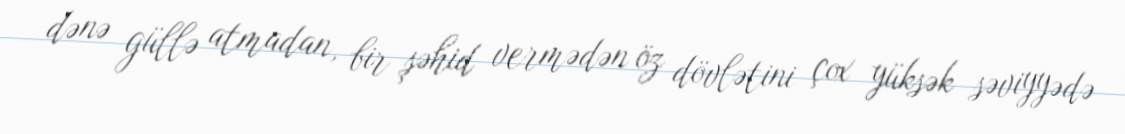
dənə güllə atmadan, bir şəhid vermədən öz dövlətini çox yüksək səviyyədə